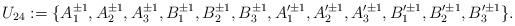
LaTeX: \begin{align*}U_{24}:=\{A_{1}^{\pm1},A_{2}^{\pm1},A_{3}^{\pm1},B_{1}^{\pm1},B_{2}^{\pm1},B_{3}^{\pm1},A_{1}'^{\pm1},A_{2}'^{\pm1},A_{3}'^{\pm1},B_{1}'^{\pm1},B_{2}'^{\pm1},B_{3}'^{\pm1}\}.\end{align*}